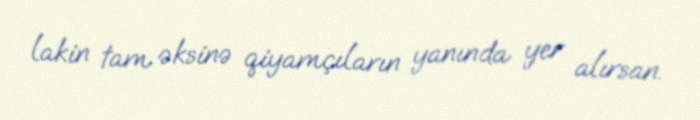
lakin tam əksinə qiyamçıların yanında yer alırsan.